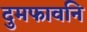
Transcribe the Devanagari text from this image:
दुमफावनि